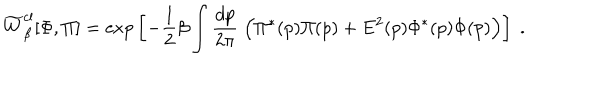
LaTeX: \widetilde W _ { \beta } ^ { \mathrm { c l } } [ \Phi , \Pi ] = \mathrm { e x p } \left[ - { \frac { 1 } { 2 } } \beta \int { \frac { d p } { 2 \pi } } \; \Bigl ( \Pi ^ { * } ( p ) \Pi ( p ) + E ^ { 2 } ( p ) \Phi ^ { * } ( p ) \Phi ( p ) \Bigr ) \right] \; .